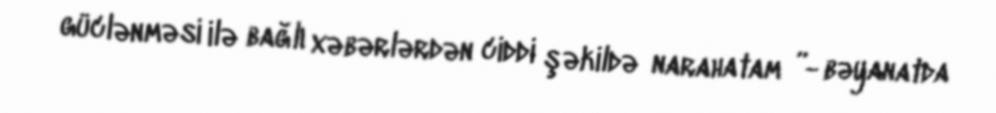
güclənməsi ilə bağlı xəbərlərdən ciddi şəkildə narahatam ”- bəyanatda